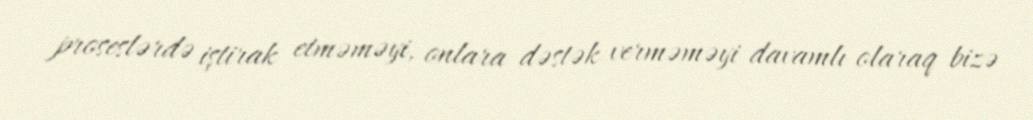
proseslərdə iştirak etməməyi, onlara dəstək verməməyi davamlı olaraq bizə